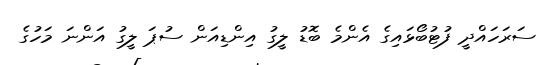
ސަރަހައްދީ ފުޓުބޯޅައިގެ އެންމެ ބޮޑު ލީގު އިންޑިއަން ސުޕަ ލީގު އަންނަ މަހުގެ